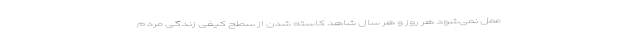
عمل نمی‌شود هر روز و هر سال شاهد کاسته شدن از سطح کیفی زندگی مردم